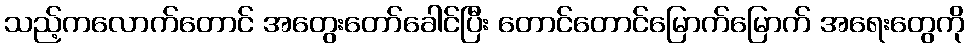
သည့်ကလောက်တောင် အတွေးတော်ခေါင်ပြီး တောင်တောင်မြောက်မြောက် အရေးတွေကို